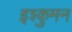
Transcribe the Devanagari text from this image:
इश्कुमन